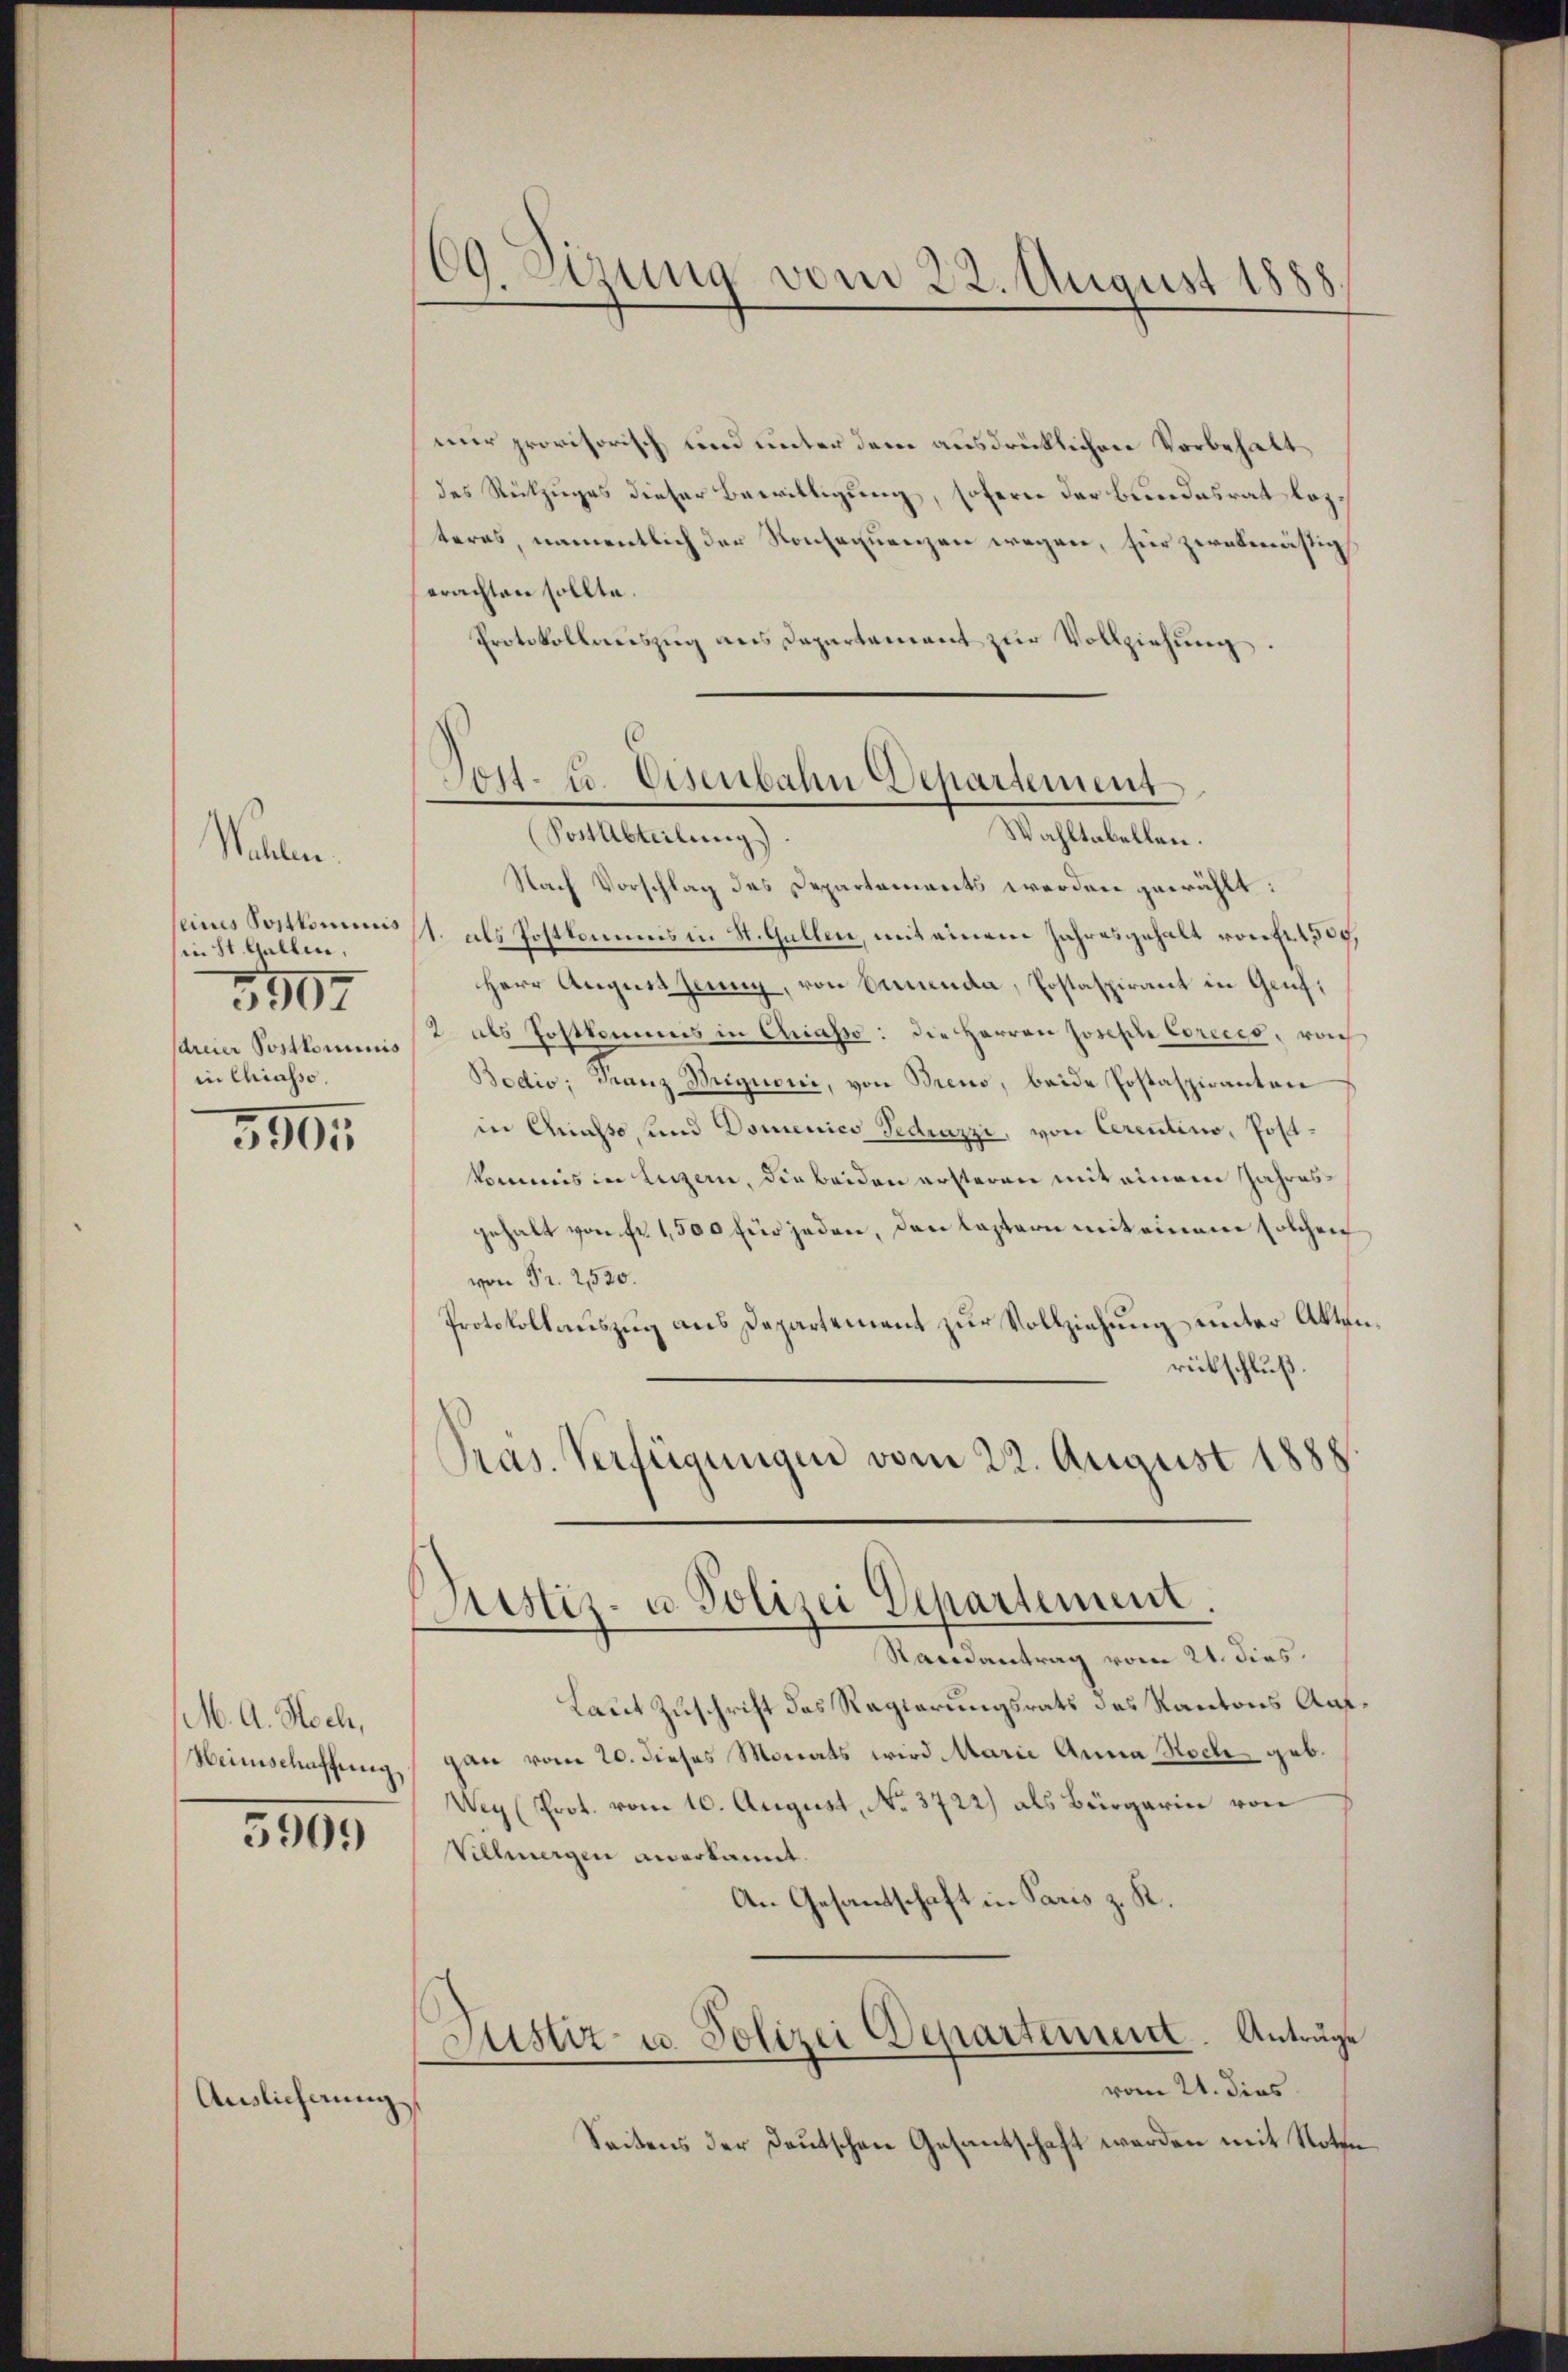
Waren.
seines Postkominis
in St. Gallen,
5907
sArcier Postkominis
in Chiasso.

3904

M. A. Hoch,
Weinschaffung
5909

Auslicherung

69. Sizung vom 22. August 1888.

nur provisorisch und unter dem ausdrücklichen Vorbehalt
des Rückzuges dieser Bewilligung, sofern der Bundesrat lezteres, namentlich der Konsequenzen wegen, für zwekmäßigs
erachten sollte.
Protokollauszug aus Departement zur Vollziehung

.
Post- u. Eisenbahn Departement
(Post Abteilung)
Wahltabellen.

Justiz- u. Polizei Departement.
Saisantrag vom 21. dies

Nach Vorschlag des Departements werden gewählt:
1. als Postkommis in St. Gallen, mit einem Jahresgehalt von 1529,
Herr August zeung, von Benenda, Postaspirant in Genf,
2 als Postkommis in Chiasso: die Herren Joseph Coreies, roch
Bodio: Franz Brignori, von Breno, beide Postaspiranten
in Casso, und Domenico Gedruzzi, von Cerentino, Postkommis in Luzern, die beiden ersteren mit einem Jahresgehalt von Fr. 1,500 für jeden, den lastern mit einem solchen
von Fr. 220.
Protokollauszug aus Departement zur Vollziehung unter Aktenrückschluß.
Präs. Verfügungen vom 22. August 1888

Laut Zuschrift des Regierungsrats des Kantons Aufgan vom 20. dieses Monats wird Marie Anna Hoch geb.
Wey (Prot. vom 10. August, No. 3722) als Bürgerin von
Vellmergen anerkannt.
An Gesantschaft in Paris z. K.
Justiz- u. Polizei Departement. Anträge
vom 21. dies
Seitens der Deutschen Gesandtschaft werden mit Noten